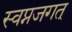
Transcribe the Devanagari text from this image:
स्वप्नजगत्‌